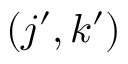
( j ^ { \prime } , k ^ { \prime } )